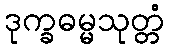
ဒုက္ခဓမ္မသုတ္တံ